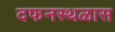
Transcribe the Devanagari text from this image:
दफनस्थळास